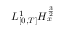
L _ { [ 0 , T ] } ^ { 1 } H _ { x } ^ { \frac { 3 } { 2 } }